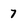
Character: 7